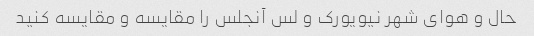
حال و هوای شهر نیویورک و لس آنجلس را مقایسه و مقایسه کنید